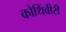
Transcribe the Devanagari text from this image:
कोथिंबीरी